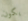
يكون